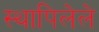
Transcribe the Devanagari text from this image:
स्थापिलेले